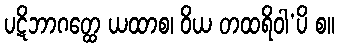
ပဋိဘာဂတ္ထေ ယထာစ၊ ဝိယ တထရိဝါ’ပိ စ။